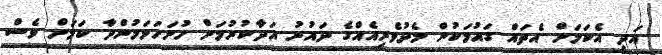
އަދި އެކަމަށް އެތައް ގައުމަކުން މެދުވެރިއެއްގެ ދައުރު އަދާކުރުމަށް ހުށަހަޅަމުންދާ ކަމަށް ވެސް